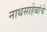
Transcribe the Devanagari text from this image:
नाथसाहेबांचे